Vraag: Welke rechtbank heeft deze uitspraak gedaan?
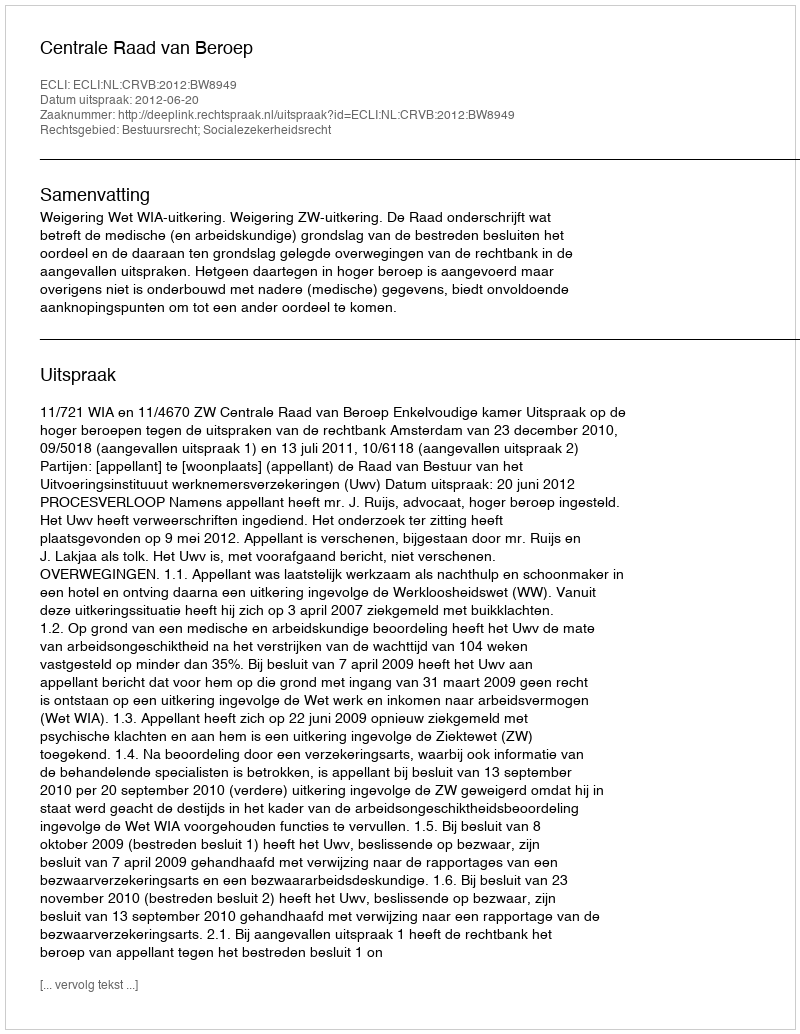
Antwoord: Centrale Raad van Beroep